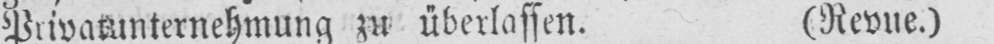
Privatunternehmung zu überlassen. (Revue.)